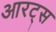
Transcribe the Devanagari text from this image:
आरट्स